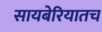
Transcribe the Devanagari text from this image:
सायबेरियातच